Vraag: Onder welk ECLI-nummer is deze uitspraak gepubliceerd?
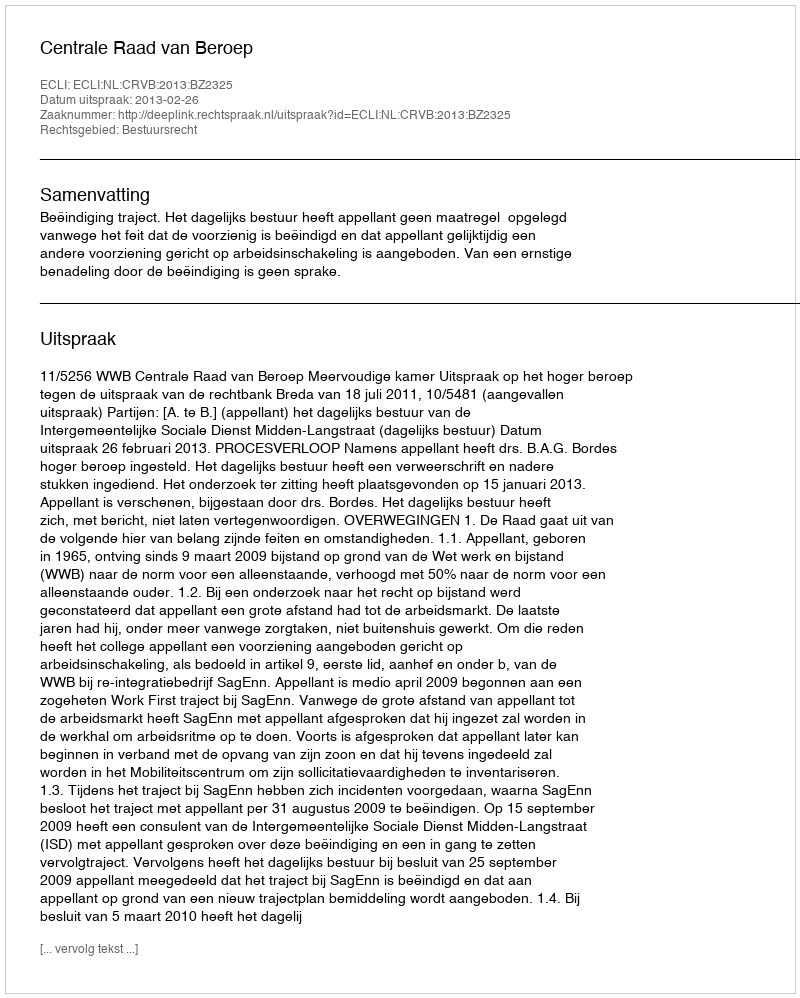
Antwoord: ECLI:NL:CRVB:2013:BZ2325